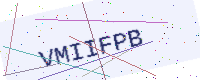
Text: VMIIFPB